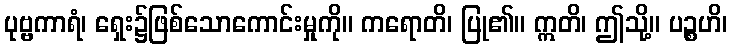
ပုဗ္ဗကာရံ၊ ရှေး၌ဖြစ်သောကောင်းမှုကို။ ကရောတိ၊ ပြု၏။ ဣတိ၊ ဤသို့။ ပဉ္စဟိ၊